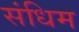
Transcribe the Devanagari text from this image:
संधिम